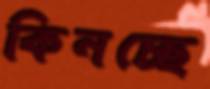
কিনচ্ছে